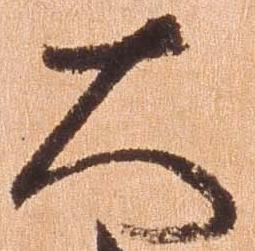
大